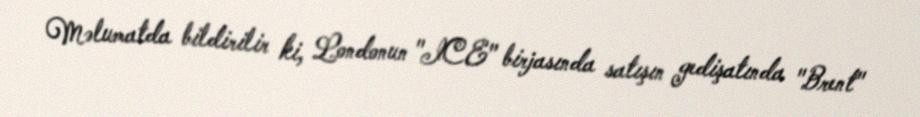
Məlumatda bildirilir ki, Londonun "ICE" birjasında satışın gedişatında "Brent"